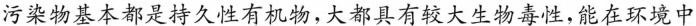
污染物基本都是持久性有机物,大都具有较大生物毒性,能在环境中